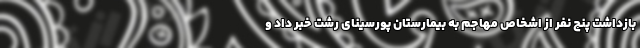
بازداشت پنج نفر از اشخاص مهاجم به بیمارستان پورسینای رشت خبر داد و